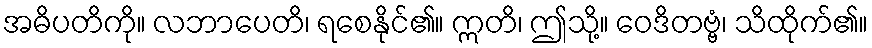
အဓိပတိကို။ လဘာပေတိ၊ ရစေနိုင်၏။ ဣတိ၊ ဤသို့။ ဝေဒိတဗ္ဗံ၊ သိထိုက်၏။